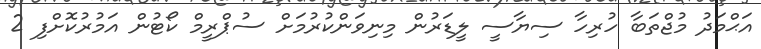
އަޙްމަދު މުޖްތަބާ ހުރިހާ ސިޔާސީ ލީޑަރުން މިނިވަންކުރުމަށް ސުޕްރީމް ކޯޓުން އަމުރުކޮށްފި 2